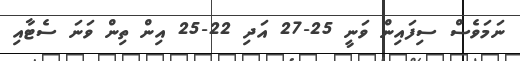
ނަމަވެސް ސިފައިން ވަނީ 25-27 އަދި 22-25 އިން ތިން ވަނަ ސެޓާއި